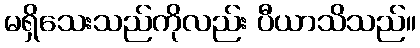
မရှိသေးသည်ကိုလည်း ပီယာသိသည်။